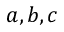
a , b , c